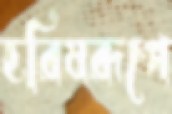
হরিষরূপে